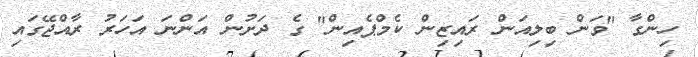
ހިންގާ "ވަން ބިލިއަން ރައިޒިން ކެމްޕެއިން" ގެ ދަށުން އަންނަ އަހަރު ރާއްޖޭގައި